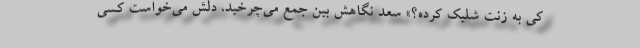
کی به زنت شلیک کرده؟» سعد نگاهش بین جمع می‌چرخید، دلش می‌خواست کسی